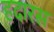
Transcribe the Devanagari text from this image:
हदारस